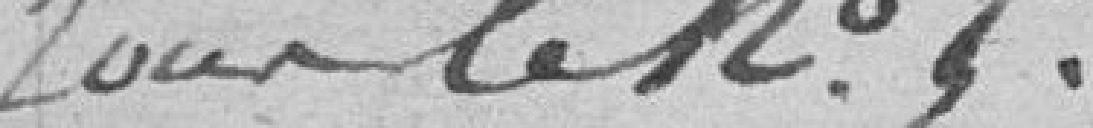
sous le n° 5.